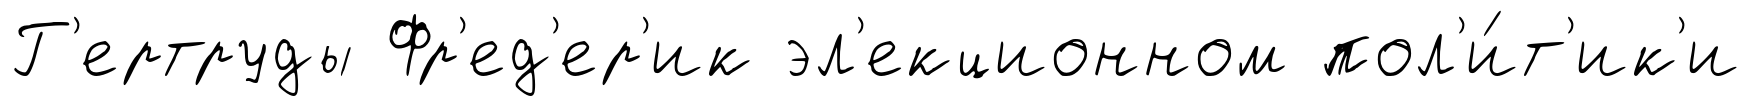
Г'ертруды Фр'ед'ер'ик эл'екционном пол'и́т'ик'и